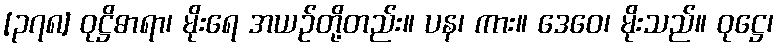
[၃၇၈] ဝုဋ္ဌိဓာရာ၊ မိုးရေ အယဉ်တို့တည်း။ ပန၊ ကား။ ဒေဝေ၊ မိုးသည်။ ဝုဋ္ဌေ၊